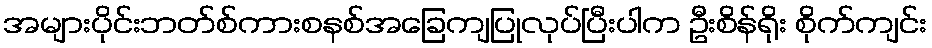
အများပိုင်းဘတ်စ်ကားစနစ်အခြေကျပြုလုပ်ပြီးပါက ဦးစိန်ရိုး စိုက်ကျင်း